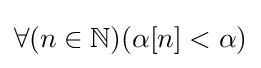
\forall (n\in \mathbb {N} )(\alpha [n]<\alpha )